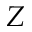
Z